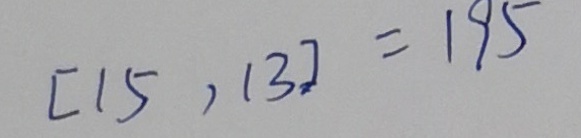
[ 1 5 , 1 3 ] = 1 9 5